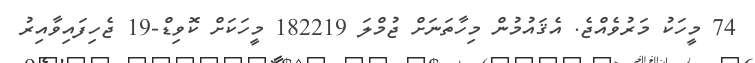
74 މީހަކު މަރުވެއްޖެ. އެޤައުމުން މިހާތަނަށް ޖުމްލަ 182219 މީހަކަށް ކޮވިޑް-19 ޖެހިފައިވާއިރު